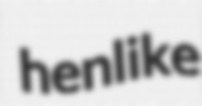
henlike